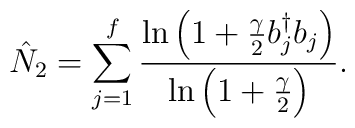
\hat N_2=\sum_{j=1}\sp f {\ln \left(1+{\gamma \over 2}  b_j\sp {\dagger} b_j\right)\over{\ln \left(1+{\gamma \over 2}\right) }}.